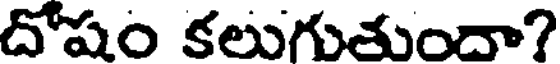
దోషం కలుగుతుందా?